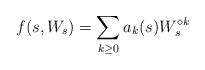
LaTeX: \begin{align*}f(s,W_s) = \sum_{k \geq 0} a_k(s) W_s^{\diamond k} \end{align*}